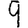
Digit: 9